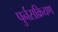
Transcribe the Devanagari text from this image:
पुर्नसक्रियण